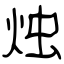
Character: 烛